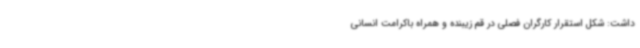
داشت: شکل استقرار کارگران فصلی در قم زیبنده و همراه باکرامت انسانی